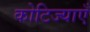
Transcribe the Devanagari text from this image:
कोटिज्याएँ